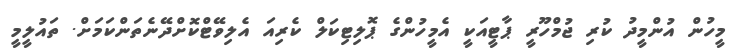
މީހުން އުންމީދު ކުރި ޖުމްހޫރީ ޕާޓީއަކީ އެމީހުންގެ ޕޮލިޓިކަލް ކެރިއަ އެލިވޭޓްކޮށްދޭނެތަންކަމަށް. ތައުލީމީ